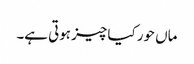
ماں حور کیا چیز ہوتی ہے۔